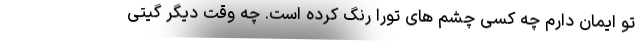
تو ایمان دارم چه کسی چشم های تورا رنگ کرده است. چه وقت دیگر گیتی